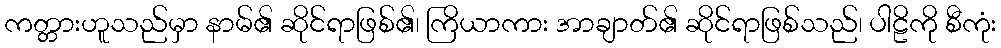
ကတ္တားဟူသည်မှာ နာမ်၏ ဆိုင်ရာဖြစ်၏၊ ကြိယာကား အာချာတ်၏ ဆိုင်ရာဖြစ်သည်၊ ပါဠိကို စီကုံး